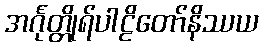
အင်္ဂုတ္တိုရ်ပါဠိတော်နိဿယ